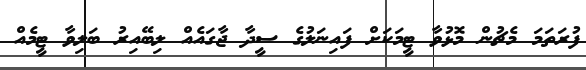
ފުރަތަމަ މެޗުން މޮޅުވާ ޓީމަކަށް ފައިނަލުގެ ސީދާ ޖާގައެއް ލިބޭއިރު ބަލިވާ ޓީމެއް